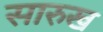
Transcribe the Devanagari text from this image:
सारुख